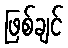
ဖြစ်ချင်